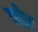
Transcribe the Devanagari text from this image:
वोढ